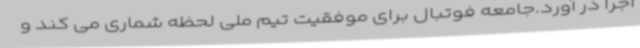
اجرا در آورد.جامعه فوتبال برای موفقیت تیم ملی لحظه شماری می کند و